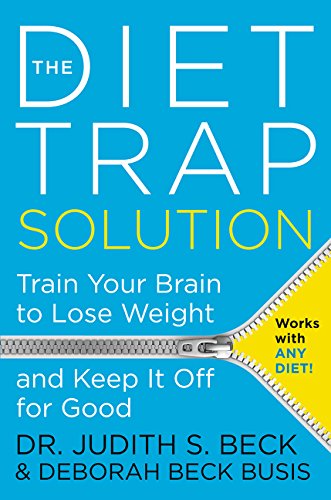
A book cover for The Diet Trap Solution: Train Your Brain to Lose Weight and Keep It Off for Good; Judith S., PhD Beck; Medical Books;